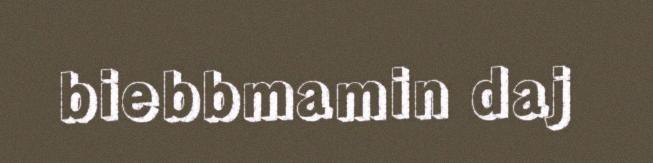
biebbmamin daj